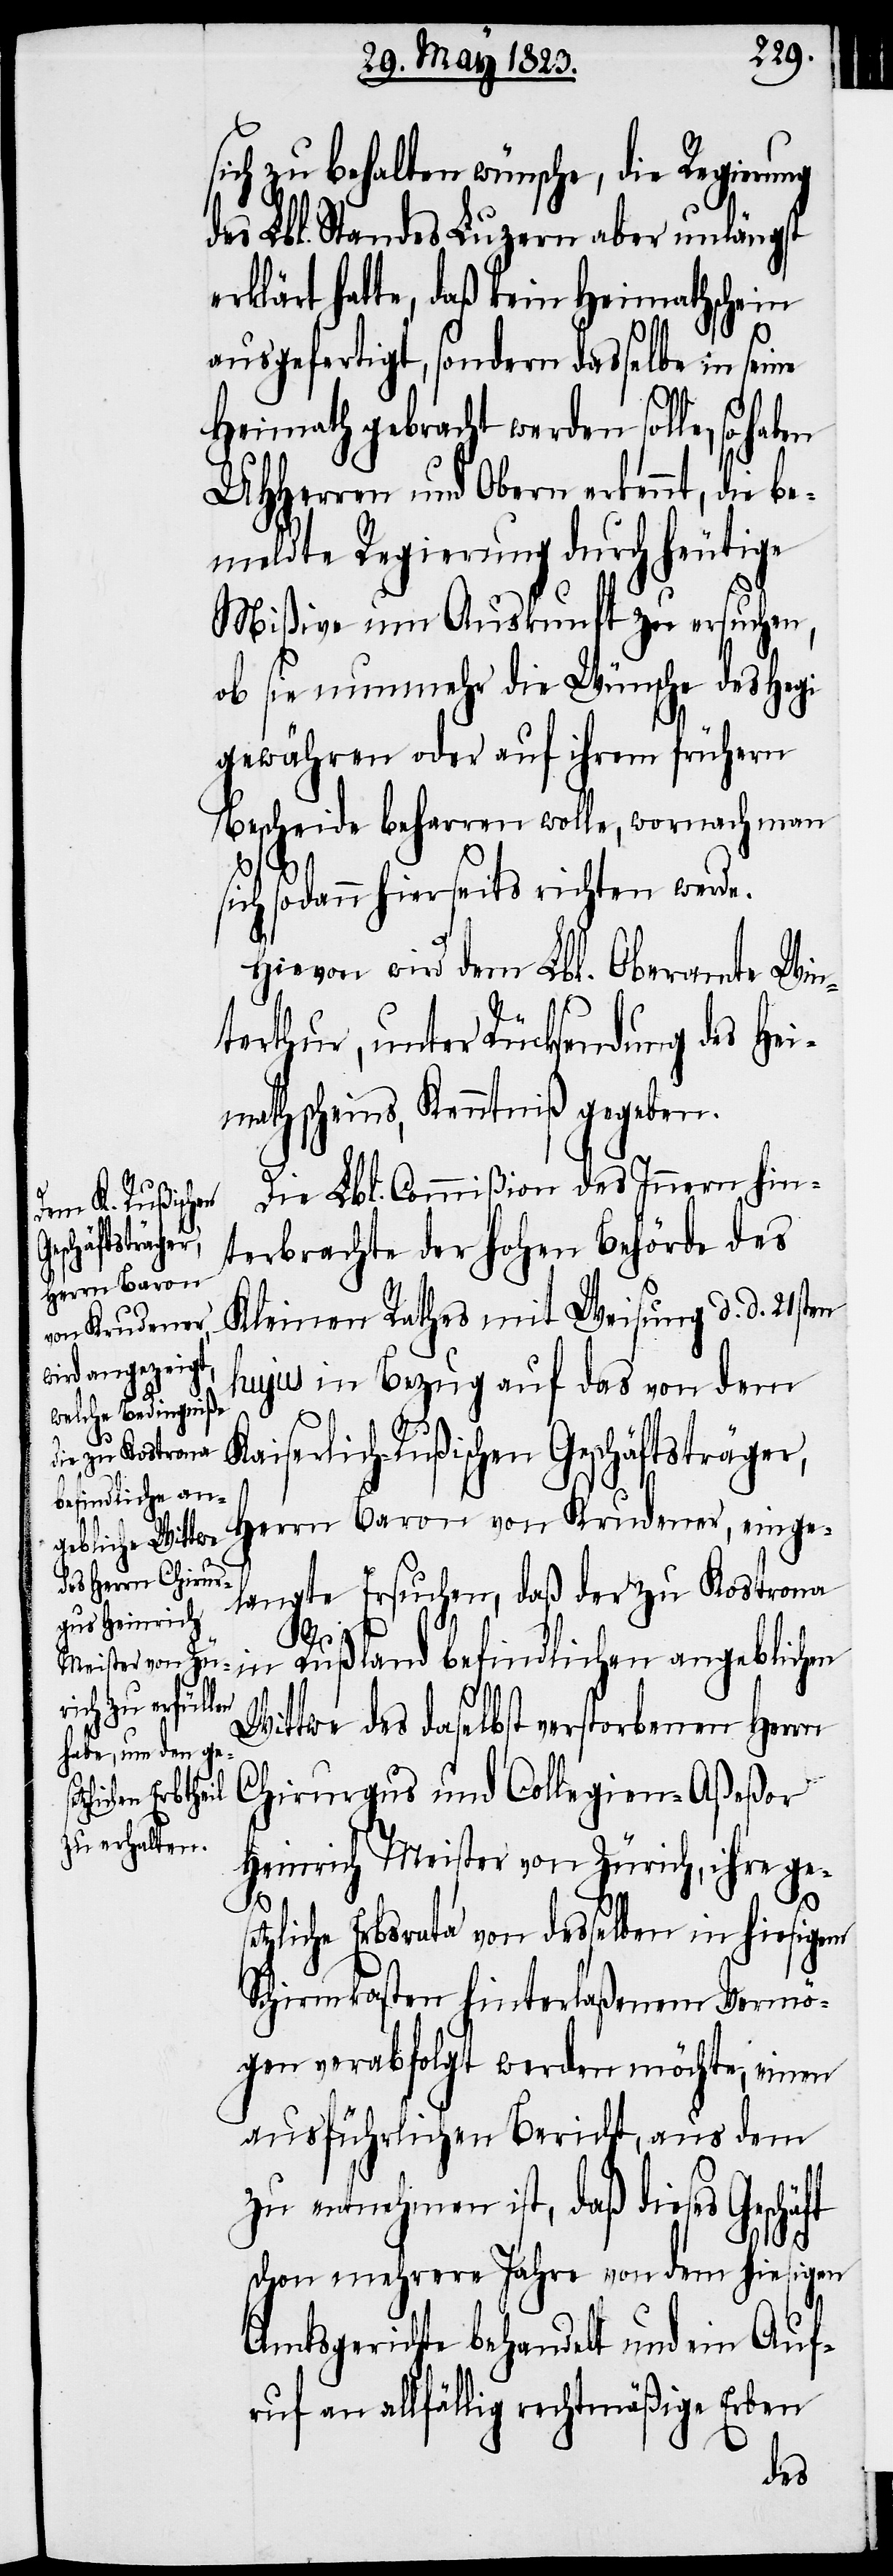
sich zu behalten wünsche, die Regierung
des Lbl. Standes Luzern aber unlängst
erklärt hatte, daß kein Heimathschein
ausgefertigt, sondern dasselbe in seine
Heimath gebracht werden solle,
UHHerren und Obern erkennt, die b¬
emeldte Regierung durch heutige
Mißive um Auskunft zu ersuchen,
ob sie nunmehr die Wünsche des Hegi
gewähren oder auf ihrem frühern
Bescheide beharren wolle, wornach man
sich sodann hierseits richten werde.
Hievon wird dem Lbl. Oberamte Win¬
terthur, unter Rücksendung des Hei¬
mathscheins, Kenntniß gegeben.
Die Lbl. Commißion des Innern hin¬
terbrachte der hohen Behörde des
Kleinen Rathes mit Weisung d. d. 21sten
hujus in Bezug auf das von dem
Kaiserlich-Rußischen Geschäftsträger,
Herrn Baron von Krudener, einge¬
langte Ersuchen, daß der zu Kostrona
set¬
in Rußland befindlichen angeblichen
Wittwe des daselbst verstorbenen Herrn
Chirurgus und Collegien-Aßeßor
Heinrich Meister von Zürich, ihre ge¬
zliche Erbsrata von desselben in hiesigem
Schirmkasten hinterlaßenem Vermö¬
gen verabfolgt werden möchte, einen
ausführlichen Bericht, aus dem
zu entnehmen ist, daß dieses Geschäft
schon mehrere Jahre von dem hiesigen
Amtsgerichte behandelt und ein Auf¬
ruf an allfällig rechtmäßige Erben